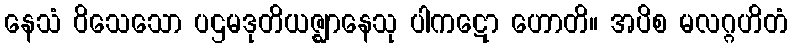
နေသံ ဝိသေသော ပဌမဒုတိယဇ္ဈာနေသု ပါကဋော ဟောတိ။ အပိစ မလဂ္ဂဟိတံ